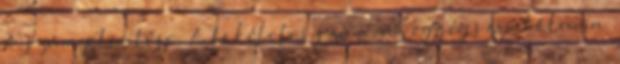
A szám jelentése: A tökéletes szám, az egység szimbóluma.